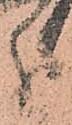
分